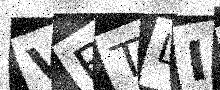
Text: VBTLIA